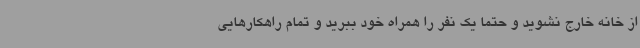
از خانه خارج نشوید و حتماً یک نفر را همراه خود ببرید و تمام راهکارهایی